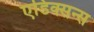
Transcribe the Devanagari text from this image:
एडिक्सन्स